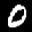
Label: 0